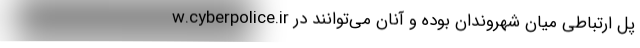
w.cyberpolice.ir پل ارتباطی میان شهروندان بوده و آنان می‌توانند در